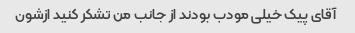
آقای پیک خیلی مودب بودند از جانب من تشکر کنید ازشون